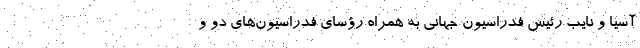
آسیا و نایب رئیس فدراسیون جهانی به همراه رؤسای فدراسیون‌های دو و